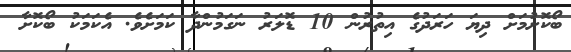
ބޯކޮށުމަށް ދިޔަ ހަރަދުގެ އިތުރުން 10 ޑޮލަރު ނަގަމުންދާ ކަމަށެވެ. އެކަމަކު ބޯކޮށާ